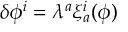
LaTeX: \delta \phi ^ { i } = \lambda ^ { a } \xi _ { a } ^ { i } ( \phi )